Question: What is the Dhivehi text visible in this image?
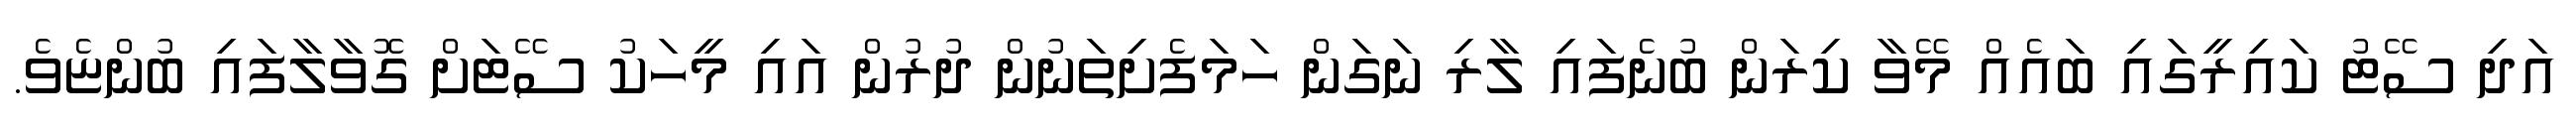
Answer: އަދި ސޭޓު ކައިރީގައި ބައެއް މޭވާ ކިރަން ބުނެފައި ލާރި ނަގަން ހަމަފެށިތަނުން ދުރުން އައި މީހަކު ސޭޓަށް ގޮވާލާފައި ބުންޏެވެ.